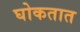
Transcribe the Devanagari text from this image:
घोकतात